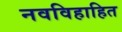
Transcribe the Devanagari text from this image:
नवविहाहित